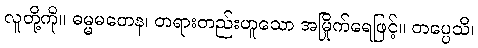
လူတို့ကို။ ဓမ္မမတေန၊ တရားတည်းဟူသော အမြိုက်ရေဖြင့်။ တပ္ပေသိ၊